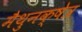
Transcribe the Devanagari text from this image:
मैथुनक्षेत्र